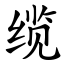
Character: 缆